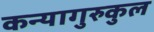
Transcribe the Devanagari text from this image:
कन्यागुरुकुल